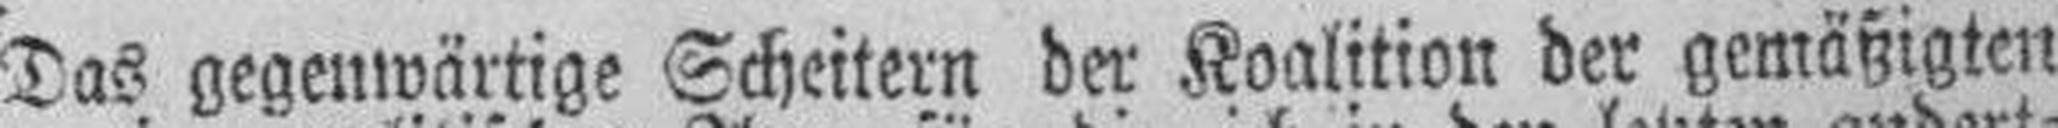
Das gegenwärtige Scheitern der Koalition der gemäßigten